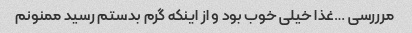
مرررسی …غذا خیلی خوب بود و از اینکه گرم بدستم رسید ممنونم